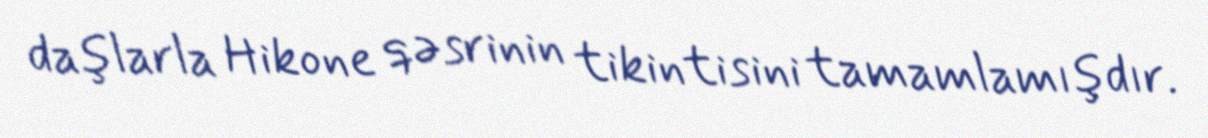
daşlarla Hikone qəsrinin tikintisini tamamlamışdır.